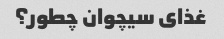
غذای سیچوان چطور؟